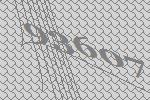
93607